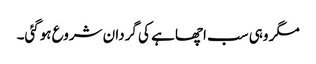
مگر وہی سب اچھا ہے کی گردان شروع ہوگئی۔